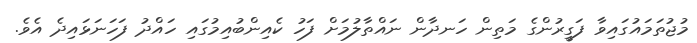
މުޖުތަމައުގައިވާ ފަގީރުންގެ މަތިން ހަނދާން ނައްތާލުމަށް ފަހު ކެއިންބުއިމުގައި ހައްދު ފަހަނަޅައިދެ އެވެ.